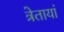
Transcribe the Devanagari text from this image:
त्रेतायां